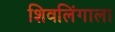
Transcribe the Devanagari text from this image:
शिवलिंगाला